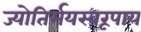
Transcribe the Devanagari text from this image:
ज्योतिर्मयस्वरूपाय